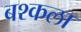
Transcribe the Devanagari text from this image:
बश्कला